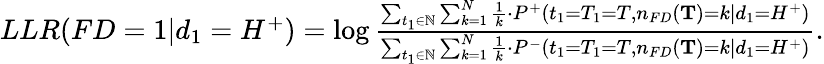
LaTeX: \begin{array}{r}{LLR(FD=1|d_{1}=H^{+})=\log\frac{\sum_{t_{1}\in\mathbb{N}}\sum_{k=1}^{N}\frac{1}{k}\cdot P^{+}(t_{1}=T_{1}=T,n_{FD}(\mathbf{T})=k|d_{1}=H^{+})}{\sum_{t_{1}\in\mathbb{N}}\sum_{k=1}^{N}\frac{1}{k}\cdot P^{-}(t_{1}=T_{1}=T,n_{FD}(\mathbf{T})=k|d_{1}=H^{+})}.}\end{array}